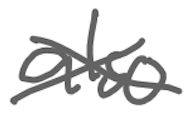
Text: also
Cross-out: cross
Writing tool: digital_gray